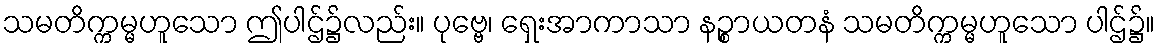
သမတိက္ကမ္မဟူသော ဤပါဌ်၌လည်း။ ပုဗ္ဗေ၊ ရှေးအာကာသာ နဉ္စာယတနံ သမတိက္ကမ္မဟူသော ပါဌ်၌။